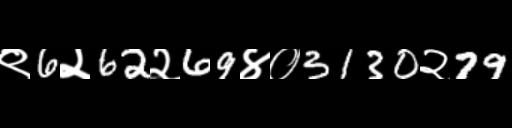
Text: ९6२62२69४०3130२79